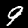
Digit: 9